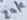
Text: 20K